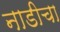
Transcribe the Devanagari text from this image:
नाडीचा